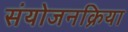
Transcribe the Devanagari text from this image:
संयोजनक्रिया